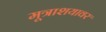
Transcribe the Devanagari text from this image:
मूत्राशयावर